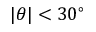
| \theta | < 3 0 ^ { \circ }